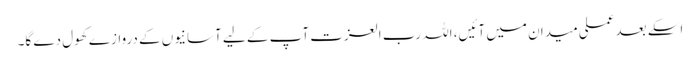
اسکے بعد عملی میدان میں آئیں، اللہ رب العزت آپ کے لیے آسانیوں کے دروازے کھول دے گا۔